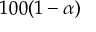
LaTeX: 1 0 0 ( 1 - \alpha )